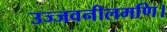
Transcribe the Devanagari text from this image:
उज्जवनीलमणि।